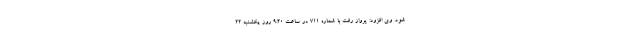
شود. وی افزود: پرواز رفت با شماره ۷۱۱ در ساعت ۹:۲۰ روز یکشنبه ۲۲